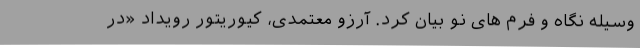
وسیله نگاه و فرم های نو بیان کرد. آرزو معتمدی، کیوریتور رویداد «در